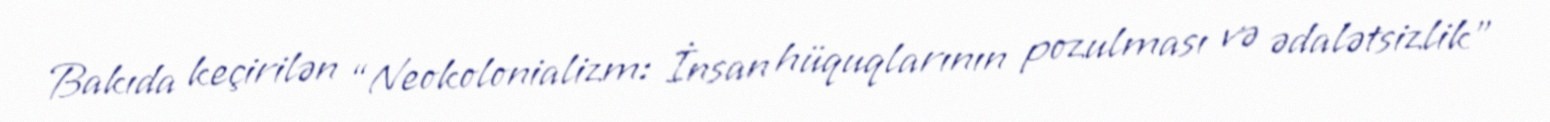
Bakıda keçirilən “Neokolonializm: İnsan hüquqlarının pozulması və ədalətsizlik”